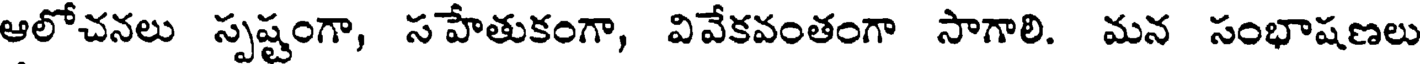
ఆలోచనలు స్పష్టంగా, సహేతుకంగా, వివేకవంతంగా సాగాలి. మన సంభాషణలు